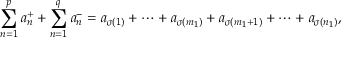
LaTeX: \sum _ { n = 1 } ^ { p } a _ { n } ^ { + } + \sum _ { n = 1 } ^ { q } a _ { n } ^ { - } = a _ { \sigma ( 1 ) } + \cdots + a _ { \sigma ( m _ { 1 } ) } + a _ { \sigma ( m _ { 1 } + 1 ) } + \cdots + a _ { \sigma ( n _ { 1 } ) } ,